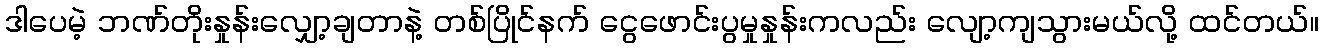
ဒါပေမဲ့ ဘဏ်တိုးနှုန်းလျှော့ချတာနဲ့ တစ်ပြိုင်နက် ငွေဖောင်းပွမှုနှုန်းကလည်း လျော့ကျသွားမယ်လို့ ထင်တယ်။